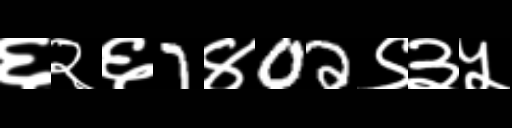
Text: ६२६7४02९३५